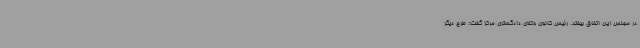
در مجلس این اتفاق بیفتد. رئیس کانون وکلای دادگستری مرکز گفت: طرح دیگر